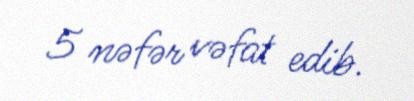
5 nəfər vəfat edib.